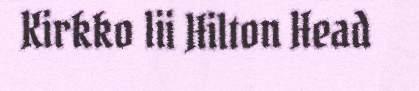
Kirkko lii Hilton Head